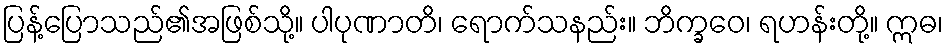
ပြန့်ပြောသည်၏အဖြစ်သို့။ ပါပုဏာတိ၊ ရောက်သနည်း။ ဘိက္ခဝေ၊ ရဟန်းတို့။ ဣဓ၊